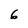
Character: 6